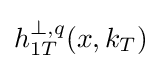
h_{1T}^{\bot ,q}(x,k_{T})